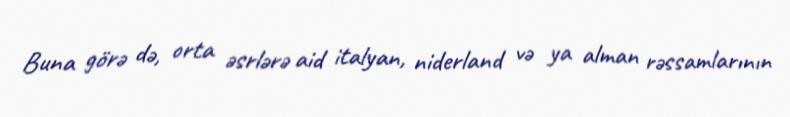
Buna görə də, orta əsrlərə aid italyan, niderland və ya alman rəssamlarının